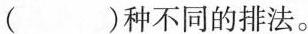
有( )种不同的排法。